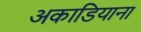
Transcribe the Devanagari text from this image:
अकाडियाना